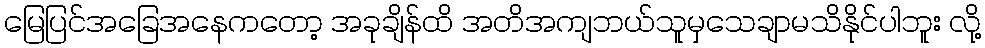
မြေပြင်အခြေအနေကတော့ အခုချိန်ထိ အတိအကျဘယ်သူမှသေချာမသိနိုင်ပါဘူး လို့